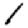
Digit: 1